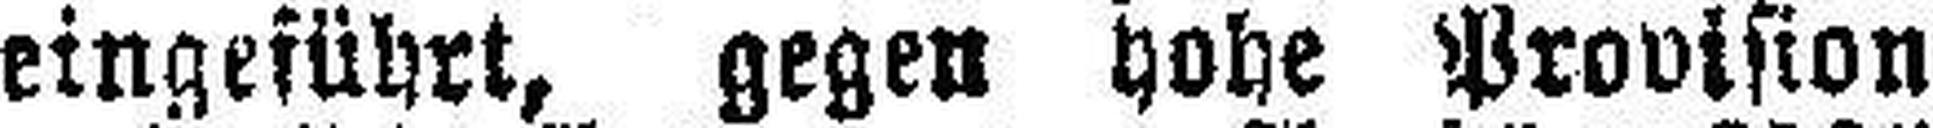
eingeführt, gegen hohe Provision